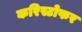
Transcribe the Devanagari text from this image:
करिस्टोफर